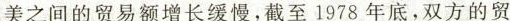
美之间的贸易还存在许多障碍，中美之间的贸易额增长缓慢，截至1978年底，双方的贸